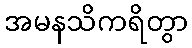
အမနသိကရိတွာ